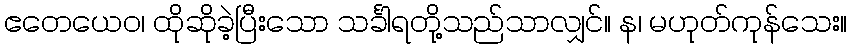
ဧတေယေဝ၊ ထိုဆိုခဲ့ပြီးသော သင်္ခါရတို့သည်သာလျှင်။ န၊ မဟုတ်ကုန်သေး။